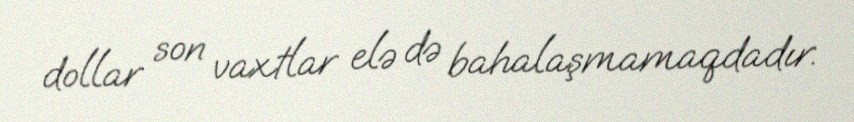
dollar son vaxtlar elə də bahalaşmamaqdadır.